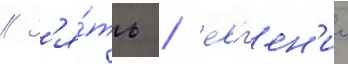
// З'я́ть / евг'ен'ии